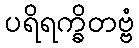
ပရိရက္ခိတဗ္ဗံ